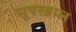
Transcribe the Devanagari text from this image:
सूपरब्राल